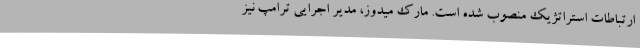
ارتباطات استراتژیک منصوب شده است. مارک میدوز، مدیر اجرایی ترامپ نیز